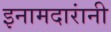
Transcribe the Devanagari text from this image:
इनामदारांनी